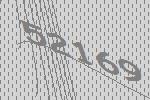
52169